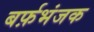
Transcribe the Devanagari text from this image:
बर्फ़भंजक